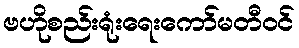
ဗဟိုစည်းရုံးရေးကော်မတီဝင်